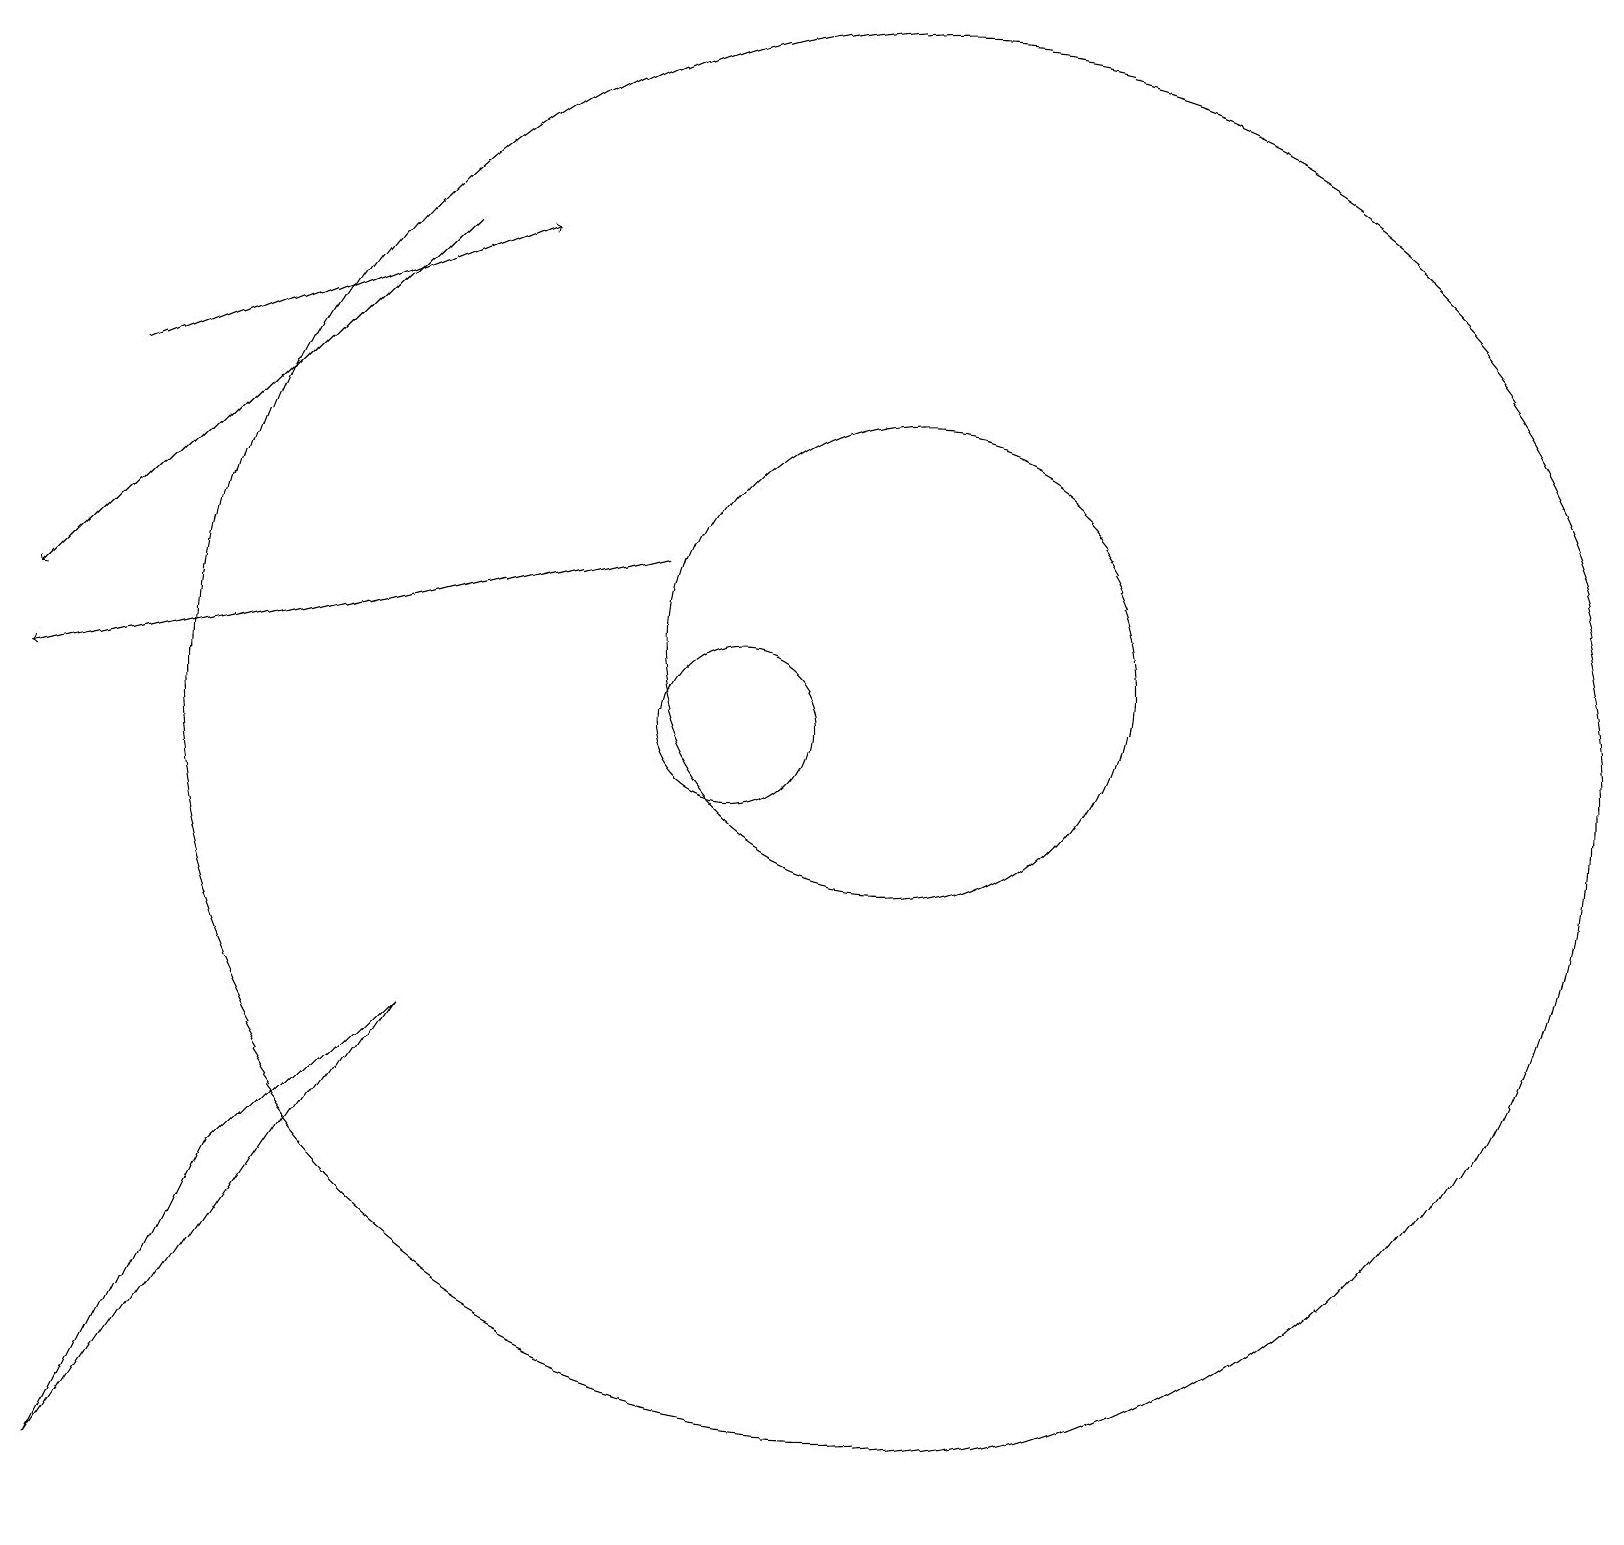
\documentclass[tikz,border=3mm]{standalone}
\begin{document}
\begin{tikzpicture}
\draw (12,10) circle (9);
\draw[->] (6,16) -- (1,11);
\draw[->] (2,14) -- (7,16);
\draw (4,4) -- (6,6) -- (2,0) -- cycle;
\draw[->] (9,12) -- (1,10);
\draw (10,10) circle (1);
\draw (12,11) circle (3);
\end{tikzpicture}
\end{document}